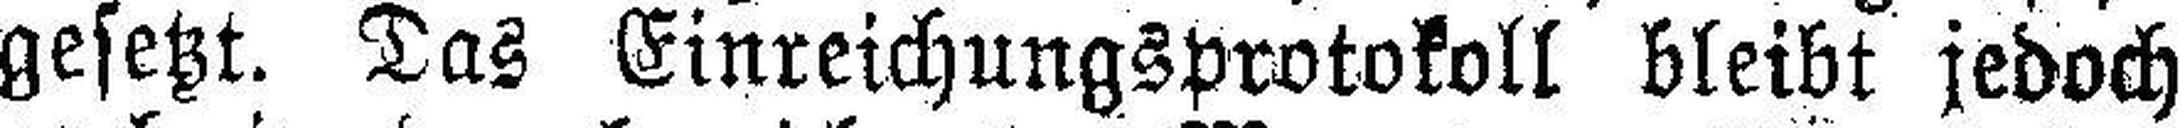
gesetzt. Das Einreichungsprotokoll bleibt jedoch